Madras plague regulations and rules - Volume 1
Disease focus: Plague
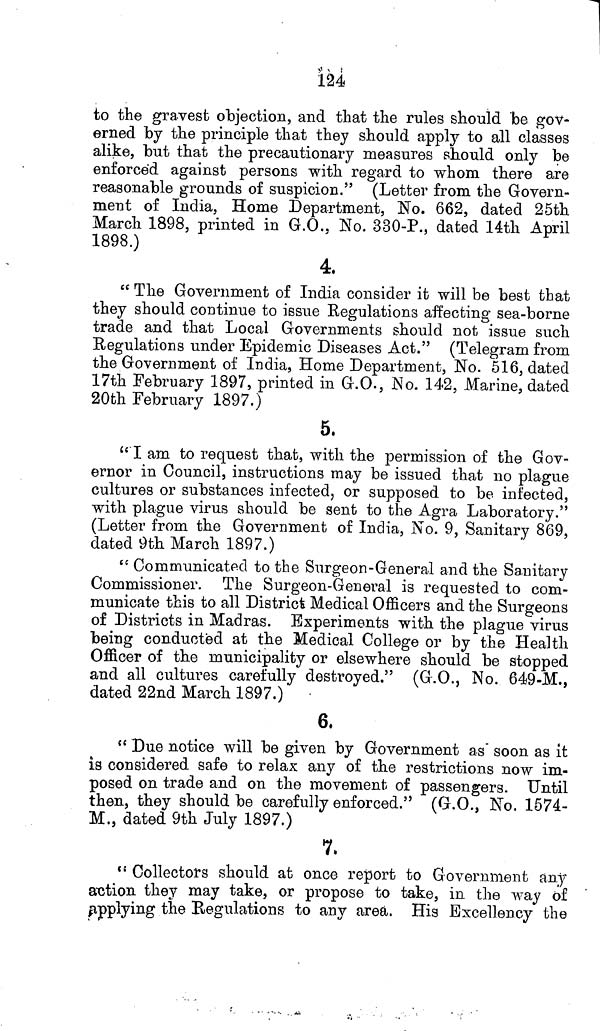
124
to the gravest objection, and that the rules should be gov-
erned by the principle that they should apply to all classes
alike, but that the precautionary measures should only be
enforced against persons with regard to whom there are
reasonable grounds of suspicion." (Letter from the Govern-
ment of India, Home Department, No. 662, dated 25th
March 1898, printed in G.O., No. 330-P., dated 14th April
1898.)
4.
"The Government of India consider it will be best that
they should continue to issue Regulations affecting sea-borne
trade and that Local Governments should not issue such
Regulations under Epidemic Diseases Act." (Telegram from
the Government of India, Home Department, No. 516, dated
17th February 1897, printed in G.O., No. 142, Marine, dated
20th February 1897.)
5,
"I am to request that, with the permission of the Gov-
ernor in Council, instructions may be issued that no plague
cultures or substances infected, or supposed to be infected,
with plague virus should be sent to the Agra Laboratory."
(Letter from the Government of India, No. 9, Sanitary 869,
dated 9th March 1897.)
"Communicated to the Surgeon-General and the Sanitary
Commissioner. The Surgeon-General is requested to com-
municate this to all District Medical Officers and the Surgeons
of Districts in Madras. Experiments with the plague virus
being conducted at the Medical College or by the Health
Officer of the municipality or elsewhere should be stopped
and all cultures carefully destroyed." (G.O., No. 649-M.,
dated 22nd March 1897.)
6,
"Due notice will be given by Government as soon as it
is considered safe to relax any of the restrictions now im-
posed on trade and on the movement of passengers. Until
then, they should be carefully enforced." (G.O., No. 1574-
M., dated 9th July 1897.)
7.
"Collectors should at once report to Government any
action they may take, or propose to take, in the way of
applying the Regulations to any area. His Excellency the